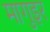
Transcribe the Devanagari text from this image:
मागुइर